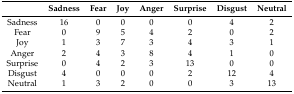
|  | Sadness | Fear | Joy | Anger | Surprise | Disgust | Neutral |
 | --- | --- | --- | --- | --- | --- | --- | --- |
 | Sadness | 16 | 0 | 0 | 0 | 0 | 4 | 2 |
 | Fear | 0 | 9 | 5 | 4 | 2 | 0 | 2 |
 | Joy | 1 | 3 | 7 | 3 | 4 | 3 | 1 |
 | Anger | 2 | 4 | 3 | 8 | 4 | 1 | 0 |
 | Surprise | 0 | 4 | 2 | 3 | 13 | 0 | 0 |
 | Disgust | 4 | 0 | 0 | 0 | 2 | 12 | 4 |
 | Neutral | 1 | 3 | 2 | 0 | 0 | 3 | 13 |